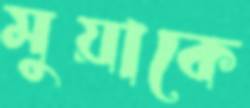
মুয়াকে